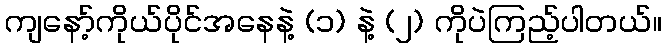
ကျနော့်ကိုယ်ပိုင်အနေနဲ့ (၁) နဲ့ (၂) ကိုပဲကြည့်ပါတယ်။